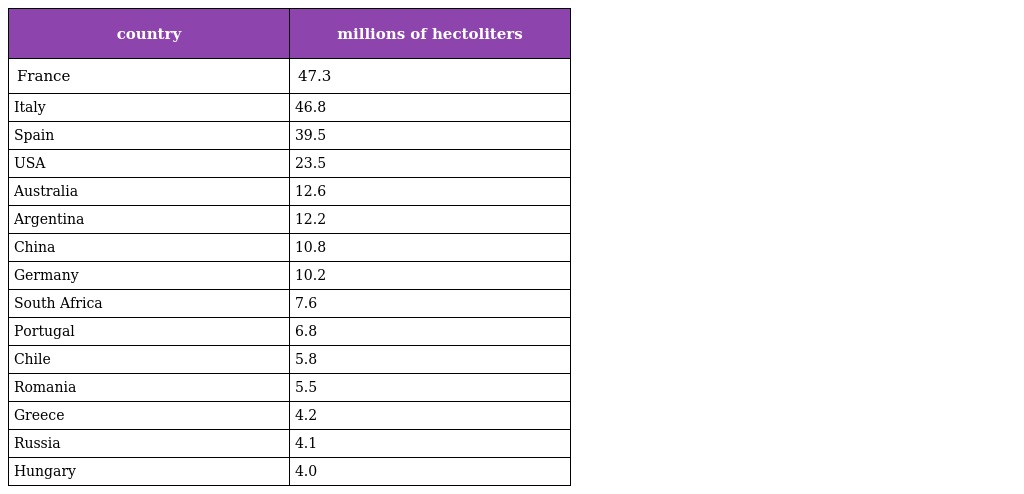
| country | millions of hectoliters |
 | --- | --- |
 | France | 47.3 |
 | Italy | 46.8 |
 | Spain | 39.5 |
 | USA | 23.5 |
 | Australia | 12.6 |
 | Argentina | 12.2 |
 | China | 10.8 |
 | Germany | 10.2 |
 | South Africa | 7.6 |
 | Portugal | 6.8 |
 | Chile | 5.8 |
 | Romania | 5.5 |
 | Greece | 4.2 |
 | Russia | 4.1 |
 | Hungary | 4.0 |